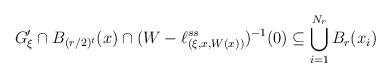
LaTeX: \begin{align*}G ' _\xi \cap B _{(r/2) ^t} (x) \cap ( W - \ell ^{ss} _{(\xi, x, W(x))} ) ^{-1} (0) \subseteq\bigcup _{i=1} ^{N _r} B _r ( x _i ) \end{align*}